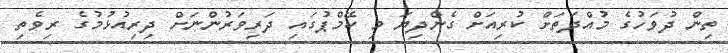
ތިން ދުވަހުގެ މުއްދަތަށް ކުރިއަށް ގެންދިޔަ މި ކޭމްޕުގައި ދަރިވަރުންނަށް ދިރިއުޅުމުގެ ރިވެތި